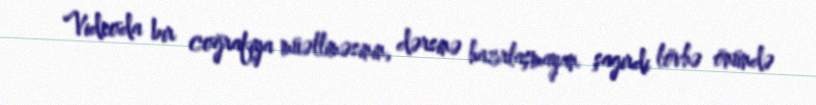
Videoda bir coğrafiya müəlliməsinin, dərsinə hazırlaşmayan şagirdi lövhə önündə